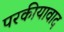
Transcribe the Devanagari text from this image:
परकीयावाद